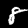
Digit: 8